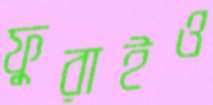
ফুরাইও